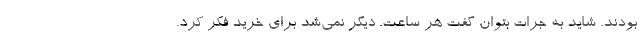
بودند. شاید به جرات بتوان گفت هر ساعت. دیگر نمی‌شد برای خرید فکر کرد.